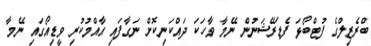
ބްރެޒިލްގެ ފުޓްބޯޅަ ފެޑަރޭޝަނުން ނޭމާ ވާހަކަ ދައްކަނިކޮށް ނަގާފައި އާއްމުކުރި ވީޑިއޯގައި ނޭމާ